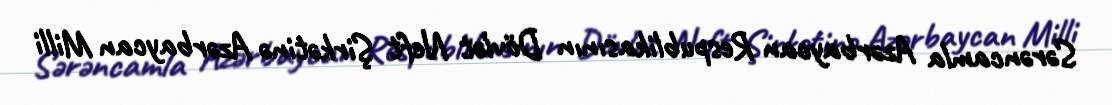
Sərəncamla Azərbaycan Respublikasının Dövlət Neft Şirkətinə Azərbaycan Milli